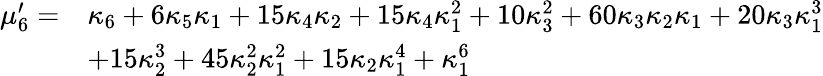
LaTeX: {\begin{array}{rl}{\mu_{6}^{\prime}=}&{\kappa_{6}+6\kappa_{5}\kappa_{1}+15\kappa_{4}\kappa_{2}+15\kappa_{4}\kappa_{1}^{2}+10\kappa_{3}^{2}+60\kappa_{3}\kappa_{2}\kappa_{1}+20\kappa_{3}\kappa_{1}^{3}}\\ &{+15\kappa_{2}^{3}+45\kappa_{2}^{2}\kappa_{1}^{2}+15\kappa_{2}\kappa_{1}^{4}+\kappa_{1}^{6}}\end{array}}